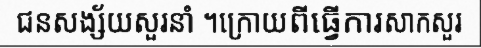
ជនសង្ស័យសួរនាំ ។ក្រោយពីធ្វើការសាកសួរ